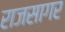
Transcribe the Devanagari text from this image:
राजसागर